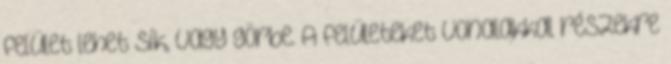
felület lehet sík, vagy görbe. A felületeket vonalakkal részekre